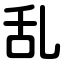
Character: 乱